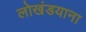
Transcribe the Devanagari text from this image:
लोखंडयाना